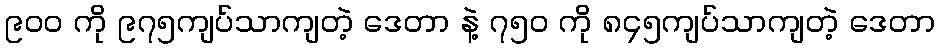
၉၀၀ ကို ၉၇၅ကျပ်သာကျတဲ့ ဒေတာ နဲ့ ၇၅၀ ကို ၈၄၅ကျပ်သာကျတဲ့ ဒေတာ